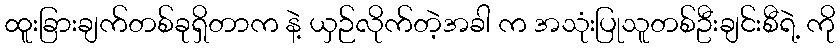
ထူးခြားချက်တစ်ခုရှိတာက နဲ့ ယှဉ်လိုက်တဲ့အခါ က အသုံးပြုသူတစ်ဦးချင်းစီရဲ့ ကို